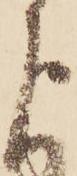
よ